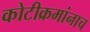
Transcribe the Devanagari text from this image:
कोटीक्रमांनाच